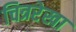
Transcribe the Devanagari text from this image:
चित्ररेखा